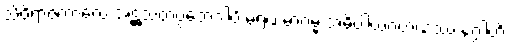
သိဝိရာဇကာလေ အဋ္ဌသတပ္ပဘေဒါပိ မရဏမာဂမ္မ အဓိပ္ပါယဂ္ဂဟဏဿ နဂ္ဂါတိ